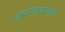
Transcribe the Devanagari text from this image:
अराजकपूर्ण